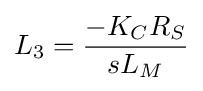
L_{3}={\frac {-K_{C}R_{S}}{sL_{M}}}